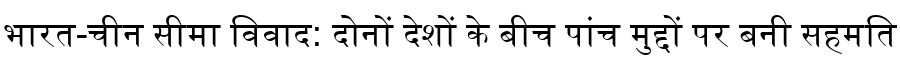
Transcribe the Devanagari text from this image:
भारत-चीन सीमा विवाद: दोनों देशों के बीच पांच मुद्दों पर बनी सहमति